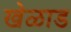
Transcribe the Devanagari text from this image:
खेळाड